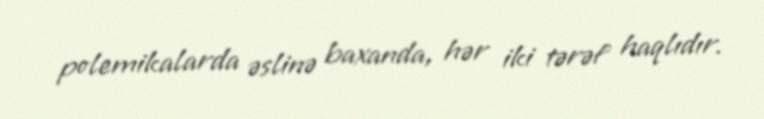
polemikalarda əslinə baxanda, hər iki tərəf haqlıdır.